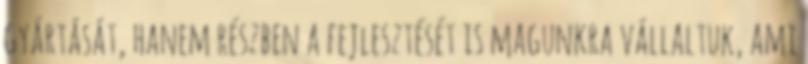
gyártását, hanem részben a fejlesztését is magunkra vállaltuk, ami